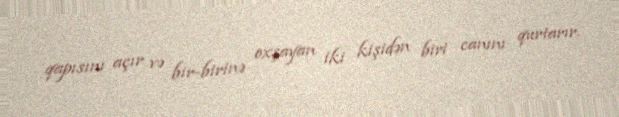
qapısını açır və bir-birinə oxşayan iki kişidən biri canını qurtarır.